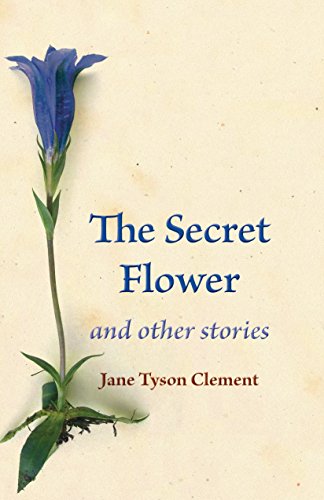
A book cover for The Secret Flower: and other stories; Jane Tyson Clement; Christian Books & Bibles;